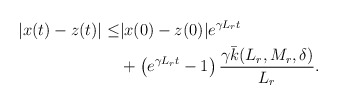
\begin{align*}\begin{aligned}|x(t)-z(t)| \le & |x(0)-z(0)| e^{\gamma L_r t}\\&+\left(e^{\gamma L_r t} -1\right) \dfrac{\gamma \bar k(L_r,M_r, \delta)}{L_r }.\end{aligned}\end{align*}